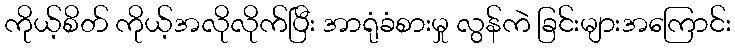
ကိုယ့်စိတ် ကိုယ့်အလိုလိုက်ပြီး အာရုံခံစားမှု လွန်ကဲ ခြင်းများအကြောင်း